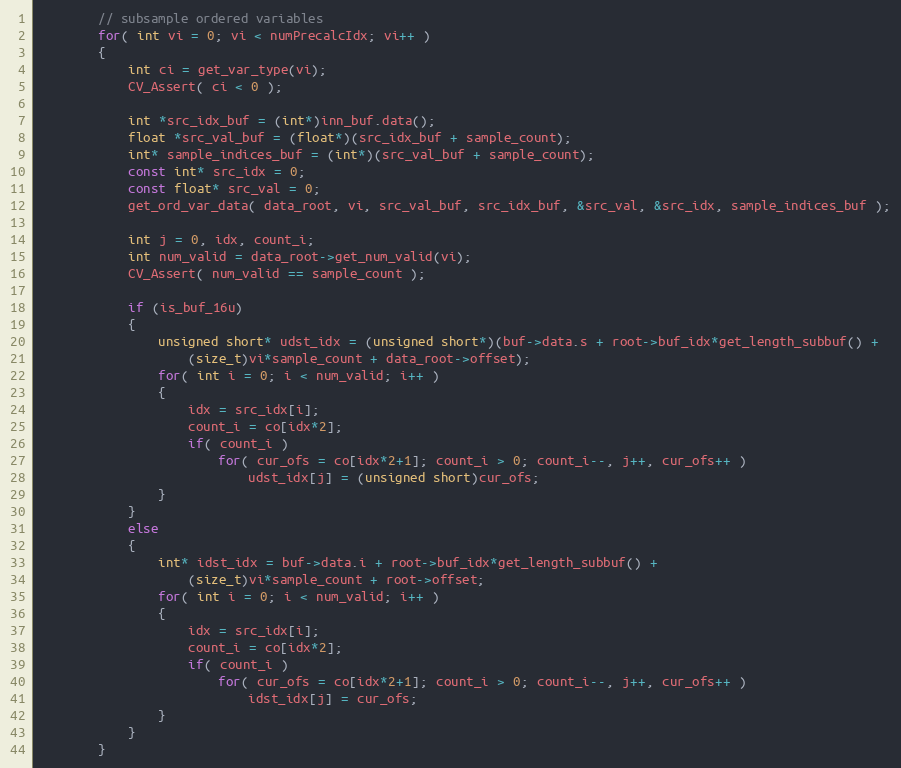
Language: C++
        // subsample ordered variables
        for( int vi = 0; vi < numPrecalcIdx; vi++ )
        {
            int ci = get_var_type(vi);
            CV_Assert( ci < 0 );

            int *src_idx_buf = (int*)inn_buf.data();
            float *src_val_buf = (float*)(src_idx_buf + sample_count);
            int* sample_indices_buf = (int*)(src_val_buf + sample_count);
            const int* src_idx = 0;
            const float* src_val = 0;
            get_ord_var_data( data_root, vi, src_val_buf, src_idx_buf, &src_val, &src_idx, sample_indices_buf );

            int j = 0, idx, count_i;
            int num_valid = data_root->get_num_valid(vi);
            CV_Assert( num_valid == sample_count );

            if (is_buf_16u)
            {
                unsigned short* udst_idx = (unsigned short*)(buf->data.s + root->buf_idx*get_length_subbuf() +
                    (size_t)vi*sample_count + data_root->offset);
                for( int i = 0; i < num_valid; i++ )
                {
                    idx = src_idx[i];
                    count_i = co[idx*2];
                    if( count_i )
                        for( cur_ofs = co[idx*2+1]; count_i > 0; count_i--, j++, cur_ofs++ )
                            udst_idx[j] = (unsigned short)cur_ofs;
                }
            }
            else
            {
                int* idst_idx = buf->data.i + root->buf_idx*get_length_subbuf() +
                    (size_t)vi*sample_count + root->offset;
                for( int i = 0; i < num_valid; i++ )
                {
                    idx = src_idx[i];
                    count_i = co[idx*2];
                    if( count_i )
                        for( cur_ofs = co[idx*2+1]; count_i > 0; count_i--, j++, cur_ofs++ )
                            idst_idx[j] = cur_ofs;
                }
            }
        }